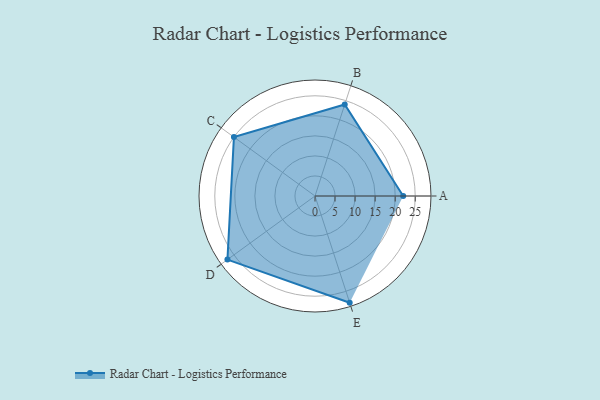
{"axis": {"x": "Skill", "y": "Score"}, "legend": ["Profile"], "data": [{"x": "A", "y": 22.0, "type": "Profile"}, {"x": "B", "y": 24.0, "type": "Profile"}, {"x": "C", "y": 25.0, "type": "Profile"}, {"x": "D", "y": 27.0, "type": "Profile"}, {"x": "E", "y": 28.0, "type": "Profile"}]}